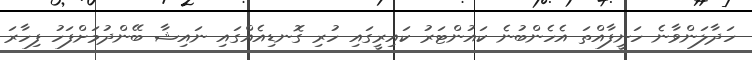
ހަދާލަންވާނެ ހަނީފާއްތަ އެހެންބުނެ ކައުންޓަރު ކައިރީގައި ހުރި ގޮނޑިއެއްގައި ނައިޝާ ބޭންދުމަށްފަހު ފިހާރަ